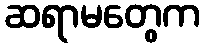
ဆရာမတွေက